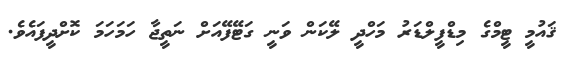
ޤައުމީ ޓީމްގެ މިޑްފީލްޑަރު މަހްދީ ލޭކަން ވަނީ ގަޓޭފޭއަށް ނަތީޖާ ހަމަހަމަ ކޮށްދީފައެވެ.